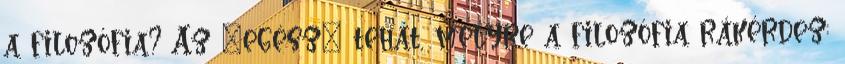
a filozófia? Az „egész” tehát, melyre a filozófia rákérdez: